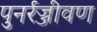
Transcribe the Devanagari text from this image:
पुनर्रज्जीवण